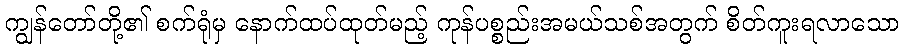
ကျွန်တော်တို့၏ စက်ရုံမှ နောက်ထပ်ထုတ်မည့် ကုန်ပစ္စည်းအမယ်သစ်အတွက် စိတ်ကူးရလာသော